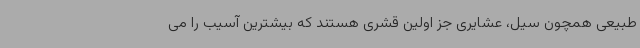
طبیعی همچون سیل، عشایری جز اولین قشری هستند که بیشترین آسیب را می